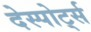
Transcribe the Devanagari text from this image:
देस्पोर्ट्स